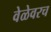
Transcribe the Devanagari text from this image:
वेळेवरच